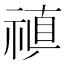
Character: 𥛄